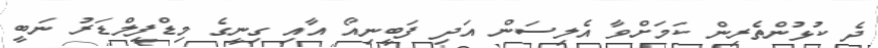
ދެ ކުޅުންތެރިން ކަމަށްވާ އެލިސަން އަދި ފަބީނިއޯ އާއި ގިނީގެ މިޑްފީލްޑަރު ނަބީ